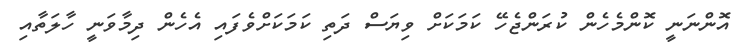
އޮންނަނީ ކޮންމެހެން ކުރަންޖެހޭ ކަމަކަށް ވިޔަސް ދަތި ކަމަކަށްވެފައި އެހެން ދިމާވަނީ ހާލަތާއި